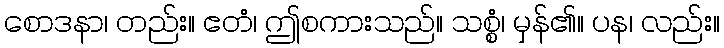
စောဒနာ၊ တည်း။ ဧတံ၊ ဤစကားသည်။ သစ္စံ၊ မှန်၏။ ပန၊ လည်း။